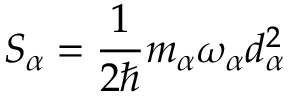
S _ { \alpha } = \frac { 1 } { 2 \hbar } m _ { \alpha } \omega _ { \alpha } d _ { \alpha } ^ { 2 }